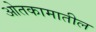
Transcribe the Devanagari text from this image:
ओतकामातील